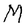
Character: M